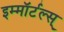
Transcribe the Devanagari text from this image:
इम्मॉर्टल्स्